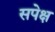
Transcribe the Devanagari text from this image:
सपेक्ष